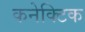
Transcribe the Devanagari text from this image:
कनेक्टिक